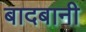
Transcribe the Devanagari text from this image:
बादबानी